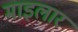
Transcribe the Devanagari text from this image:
माइलार